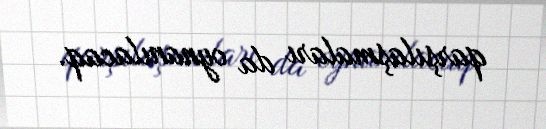
qarşılaşmaları da oynanılacaq.